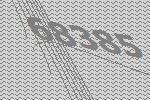
68385